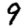
Digit: 9